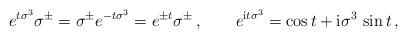
LaTeX: \begin{align*} e^{t \sigma^3} \sigma^\pm = \sigma^\pm e^{-t \sigma^3} = e^{\pm t } \sigma^\pm \,, \qquad e^{{\rm i} t \sigma^3} = \cos t + {\rm i} \sigma^3 \, \sin t \,,\end{align*}